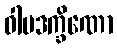
ဝါမဒက္ခိဏော